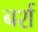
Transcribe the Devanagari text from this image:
बर्श